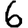
Digit: 6